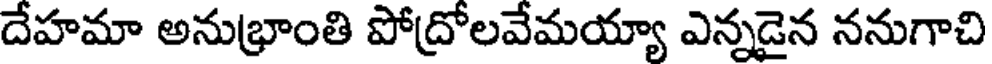
దేహమా అనుభ్రాంతి పోద్రోలవేమయ్యా ఎన్నడైన ననుగాచి